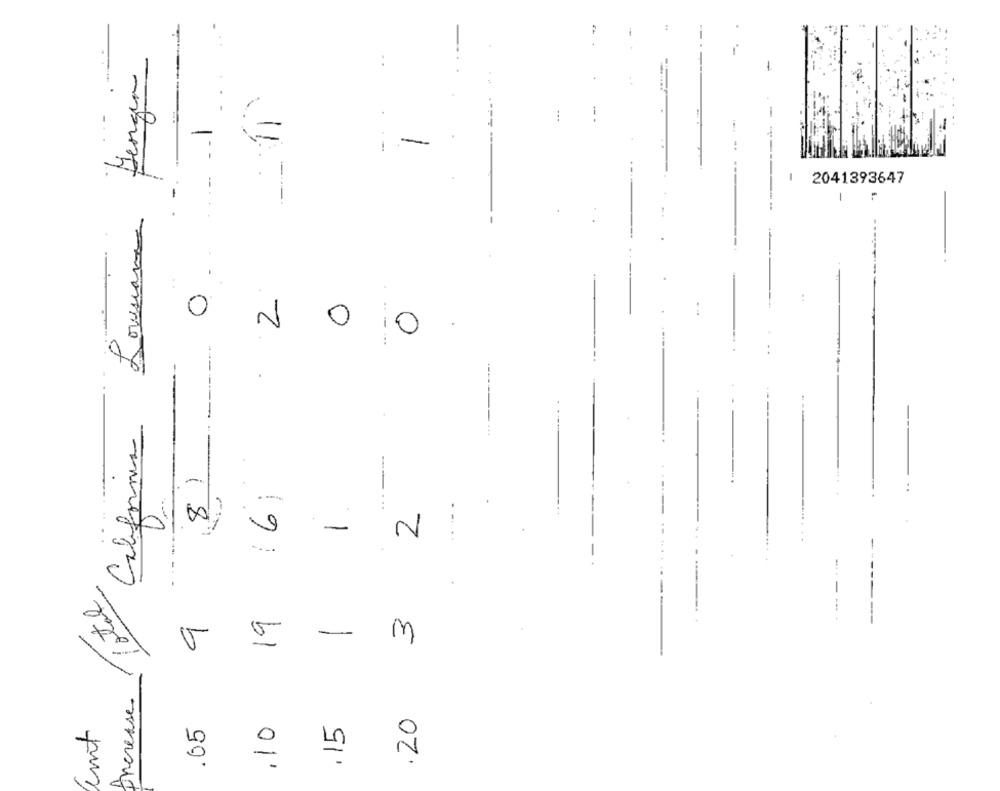
Gergin
:
-
-
-
2041393647
Louisiana
:
...- ..
2
0
0
0
California
(8)
(6)
1
----
--
-
Total
19
3
T
-
Increase
20
,10
.15
ent
.65